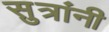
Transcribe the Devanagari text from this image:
सुत्रांनी